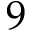
9